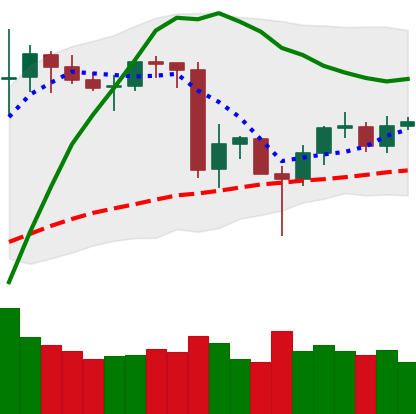
Ticker: LINK-USD
Chart end date: 2020-06-21
Forward return: 11.736%
Label: up_7plus